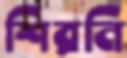
শিরনি